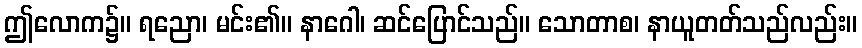
ဤလောက၌။ ရညော၊ မင်း၏။ နာဂေါ၊ ဆင်ပြောင်သည်။ သောတာစ၊ နာယူတတ်သည်လည်း။